Report on vaccination in the Province of Bengal - 1869-1873
Year: 1869
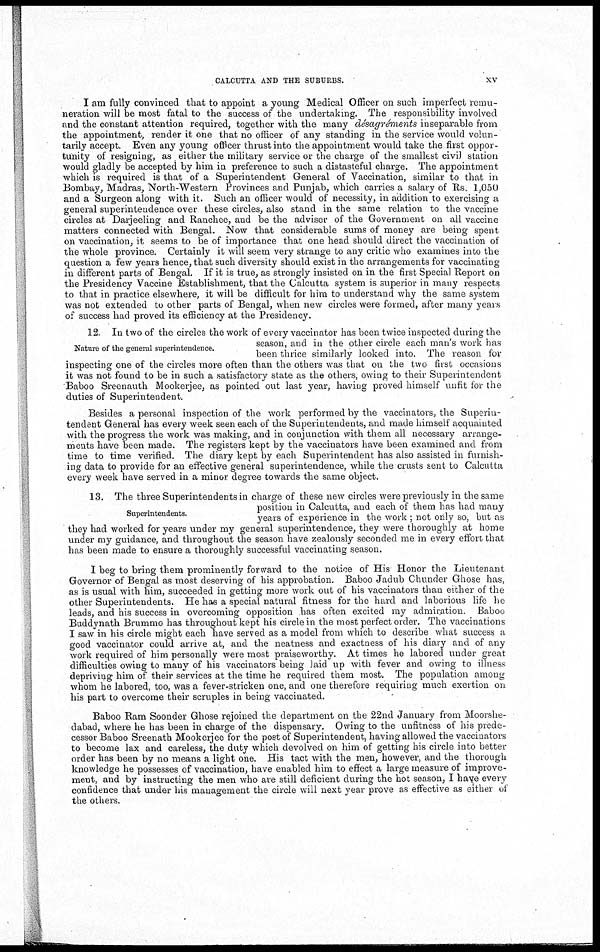
CALCUTTA AND THE SUBURBS.
xv
I am fully convinced that to appoint a young Medical Officer on such imperfect remu-
neration will be most fatal to the success of the undertaking. The responsibility involved
and the constant attention required, together with the many désagréments inseparable from
the appointment, render it one that no officer of any standing in the service would volun-
tarily accept. Even any young officer thrust into the appointment would take the first oppor-
tunity of resigning, as either the military service or the charge of the smallest civil station
would gladly be accepted by him in preference to such a distasteful charge. The appointment
which is required is that of a Superintendent General of Vaccination, similar to that in
Bombay, Madras, North-Western Provinces and Punjab, which carries a salary of Rs. 1,050
and a Surgeon along with it. Such an officer would of necessity, in addition to exercising a
general superintendence over these circles, also stand in the same relation to the vaccine
circles at Darjeeling and Ranchee, and be the adviser of the Government on all vaccine
matters connected with Bengal. Now that considerable sums of money are being spent
on vaccination, it seems to be of importance that one head should direct the vaccination of
the whole province. Certainly it will seem very strange to any critic who examines into the
question a few years hence, that such diversity should exist in the arrangements for vaccinating
in different parts of Bengal. If it is true, as strongly insisted on in the first Special Report on
the Presidency Vaccine Establishment, that the Calcutta system is superior in many respects
to that in practice elsewhere, it will be difficult for him to understand why the same system
was not extended to other parts of Bengal, when new circles were formed, after many years
of success had proved its efficiency at the Presidency.
Nature of the general superintendence.
12 In two of the circles the work of every vaccinator has been twice inspected during the
season, and in the other circle each man's work has
been thrice similarly looked into. The reason for
inspecting one of the circles more often than the others was that on the two first occasions
it was not found to be in such a satisfactory state as the others, owing to their Superintendent
Baboo Sreenauth Mookerjee, as pointed out last year, having proved himself unfit for the
duties of Superintendent.
Besides a personal inspection of the work performed by the vaccinators, the Superin-
tendent General has every week seen each of the Superintendents, and made himself acquainted
with the progress the work was making, and in conjunction with them all necessary arrange-
ments have been made. The registers kept by the vaccinators have been examined and from
time to time verified. The diary kept by each Superintendent has also assisted in furnish-
ing data to provide for an effective general superintendence, while the crusts sent to Calcutta
every week have served in a minor degree towards the same object.
Superintendents.
13. The three Superintendents in charge of these new circles were previously in the same
position in Calcutta, and each of them has had many
years of experience in the work ; not only so, but as
they had worked for years under my general superintendence, they were thoroughly at home
under my guidance, and throughout the season have zealously seconded me in every effort that
has been made to ensure a thoroughly successful vaccinating season.
I beg to bring them prominently forward to the notice of His Honor the Lieutenant
Governor of Bengal as most deserving of his approbation. Baboo Jadub Chunder Ghose has,
as is usual with him, succeeded in getting more work out of his vaccinators than either of the
other Superintendents. He has a special natural fitness for the hard and laborious life he
leads, and his success in overcoming opposition has often excited my admiration. Baboo
Buddynath Brummo has throughout kept his circle in the most perfect order. The vaccinations
I saw in his circle might each have served as a model from which to describe what success a
good vaccinator could arrive at, and the neatness and exactness of his diary and of any
work required of him personally were most praiseworthy. At times he labored under great
difficulties owing to many of his vaccinators being laid up with fever and owing to illness
depriving him of their services at the time he required them most. The population among
whom he labored, too, was a fever-stricken one, and one therefore requiring much exertion on
his part to overcome their scruples in being vaccinated.
Baboo Ram Soonder Ghose rejoined the department on the 22nd January from Moorshe-
dabad, where he has been in charge of the dispensary. Owing to the unfitness of his prede-
cessor Baboo Sreenath Mookerjee for the post of Superintendent, having allowed the vaccinators
to become lax and careless, the duty which devolved on him of getting his circle into better
order has been by no means a light one. His tact with the men, however, and the thorough
knowledge he possesses of vaccination, have enabled him to effect a large measure of improve-
ment, and by instructing the men who are still deficient during the hot season, I have every
confidence that under his management the circle will next year prove as effective as either of
the others.